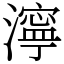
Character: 濘